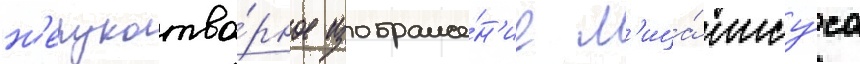
н'ерукотво́рное изображе́н'ие л'ица́ иису́са